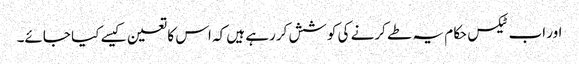
اور اب ٹیکس حکام یہ طے کرنے کی کوشش کررہے ہیں کہ اس کا تعین کیسے کیا جائے۔